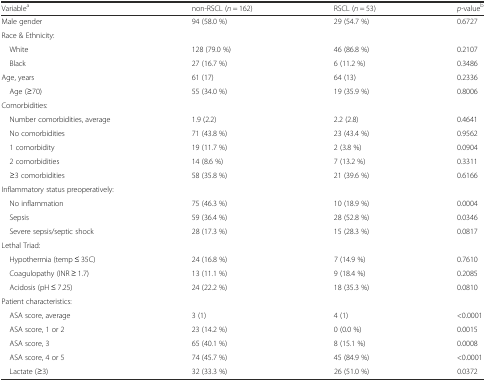
<table><thead><tr><td><b>Variable<sup>a</sup></b></td><td><b>non-RSCL (<i>n</i> = 162)</b></td><td><b>RSCL (<i>n</i> = 53)</b></td><td><b><i>p</i>-value<sup>b</sup></b></td></tr></thead><tbody><tr><td>Male gender</td><td>94 (58.0 %)</td><td>29 (54.7 %)</td><td>0.6727</td></tr><tr><td colspan="4">Race &amp; Ethnicity:</td></tr><tr><td> White</td><td>128 (79.0 %)</td><td>46 (86.8 %)</td><td>0.2107</td></tr><tr><td> Black</td><td>27 (16.7 %)</td><td>6 (11.2 %)</td><td>0.3486</td></tr><tr><td>Age, years</td><td>61 (17)</td><td>64 (13)</td><td>0.2336</td></tr><tr><td> Age (≥70)</td><td>55 (34.0 %)</td><td>19 (35.9 %)</td><td>0.8006</td></tr><tr><td colspan="4">Comorbidities:</td></tr><tr><td> Number comorbidities, average</td><td>1.9 (2.2)</td><td>2.2 (2.8)</td><td>0.4641</td></tr><tr><td> No comorbidities</td><td>71 (43.8 %)</td><td>23 (43.4 %)</td><td>0.9562</td></tr><tr><td> 1 comorbidity</td><td>19 (11.7 %)</td><td>2 (3.8 %)</td><td>0.0904</td></tr><tr><td> 2 comorbidities</td><td>14 (8.6 %)</td><td>7 (13.2 %)</td><td>0.3311</td></tr><tr><td> ≥3 comorbidities</td><td>58 (35.8 %)</td><td>21 (39.6 %)</td><td>0.6166</td></tr><tr><td colspan="4">Inflammatory status preoperatively:</td></tr><tr><td> No inflammation</td><td>75 (46.3 %)</td><td>10 (18.9 %)</td><td>0.0004</td></tr><tr><td> Sepsis</td><td>59 (36.4 %)</td><td>28 (52.8 %)</td><td>0.0346</td></tr><tr><td> Severe sepsis/septic shock</td><td>28 (17.3 %)</td><td>15 (28.3 %)</td><td>0.0817</td></tr><tr><td colspan="4">Lethal Triad:</td></tr><tr><td> Hypothermia (temp ≤ 35C)</td><td>24 (16.8 %)</td><td>7 (14.9 %)</td><td>0.7610</td></tr><tr><td> Coagulopathy (INR ≥ 1.7)</td><td>13 (11.1 %)</td><td>9 (18.4 %)</td><td>0.2085</td></tr><tr><td> Acidosis (pH ≤ 7.25)</td><td>24 (22.2 %)</td><td>18 (35.3 %)</td><td>0.0810</td></tr><tr><td colspan="4">Patient characteristics:</td></tr><tr><td> ASA score, average</td><td>3 (1)</td><td>4 (1)</td><td>&lt;0.0001</td></tr><tr><td> ASA score, 1 or 2</td><td>23 (14.2 %)</td><td>0 (0.0 %)</td><td>0.0015</td></tr><tr><td> ASA score, 3</td><td>65 (40.1 %)</td><td>8 (15.1 %)</td><td>0.0008</td></tr><tr><td> ASA score, 4 or 5</td><td>74 (45.7 %)</td><td>45 (84.9 %)</td><td>&lt;0.0001</td></tr><tr><td> Lactate (≥3)</td><td>32 (33.3 %)</td><td>26 (51.0 %)</td><td>0.0372</td></tr></tbody></table>